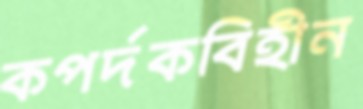
কপর্দকবিহীন